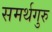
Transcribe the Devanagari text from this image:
समर्थगुरु